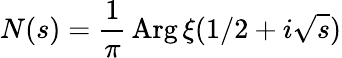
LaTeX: N(s)={\frac{1}{\pi}}\operatorname{Arg}\xi(1/2+i{\sqrt{s}})